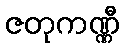
ဇတုကဏ္ဏီ